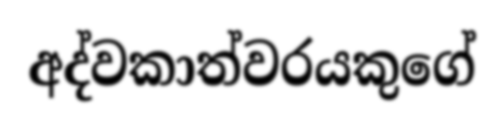
අද්වකාත්වරයකුගේ